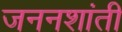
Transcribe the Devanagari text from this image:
जननशांती